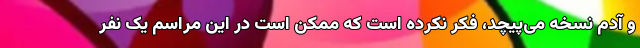
و آدم نسخه می‌پیچد، فکر نکرده است که ممکن است در این مراسم یک نفر